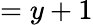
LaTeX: =y+1